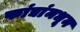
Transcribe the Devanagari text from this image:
फांद्यांमधून